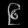
Digit: ၉